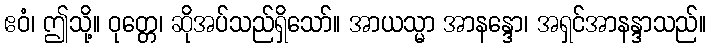
ဧဝံ၊ ဤသို့။ ဝုတ္တေ၊ ဆိုအပ်သည်ရှိသော်။ အာယသ္မာ အာနန္ဒော၊ အရှင်အာနန္ဒာသည်။